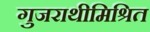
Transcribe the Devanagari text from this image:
गुजराथीमिश्रित